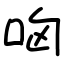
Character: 㕼